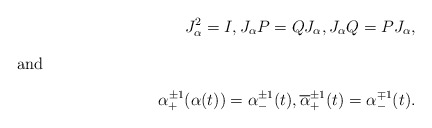
\begin{align*} J_\alpha^2 =I, J_\alpha P=Q J_\alpha, J_\alpha Q= PJ_\alpha,\\\intertext{and} \alpha_+^{\pm1}(\alpha(t))=\alpha_-^{\pm1}(t), \overline{\alpha}_+^{\pm1}(t)=\alpha_-^{\mp1}(t). \end{align*}